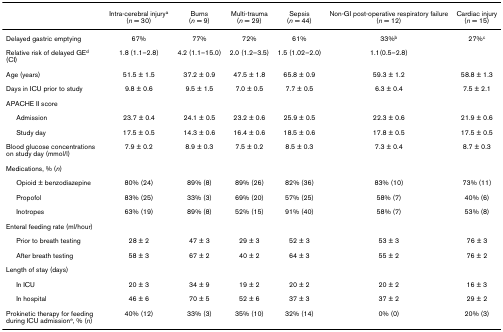
<table><thead><tr><td></td><td><b>Intra-cerebral injury<sup>a </sup>(<i>n </i>= 30)</b></td><td><b>Burns (<i>n </i>= 9)</b></td><td><b>Multi-trauma (<i>n </i>= 29)</b></td><td><b>Sepsis (<i>n </i>= 44)</b></td><td><b>Non-GI post-operative respiratory failure (<i>n </i>= 12)</b></td><td><b>Cardiac injury (<i>n </i>= 15)</b></td></tr></thead><tbody><tr><td>Delayed gastric emptying</td><td>67%</td><td>77%</td><td>72%</td><td>61%</td><td>33%<sup>b</sup></td><td>27%<sup>c</sup></td></tr><tr><td>Relative risk of delayed GE<sup>d </sup>(CI)</td><td>1.8 (1.1–2.8)</td><td>4.2 (1.1–15.0)</td><td>2.0 (1.2–3.5)</td><td>1.5 (1.02–2.0)</td><td>1.1(0.5–2.8)</td><td></td></tr><tr><td>Age (years)</td><td>51.5 ± 1.5</td><td>37.2 ± 0.9</td><td>47.5 ± 1.8</td><td>65.8 ± 0.9</td><td>59.3 ± 1.2</td><td>58.8 ± 1.3</td></tr><tr><td>Days in ICU prior to study</td><td>9.8 ± 0.6</td><td>9.5 ± 1.5</td><td>7.0 ± 0.5</td><td>7.7 ± 0.5</td><td>6.3 ± 0.4</td><td>7.5 ± 2.1</td></tr><tr><td>APACHE II score</td><td></td><td></td><td></td><td></td><td></td><td></td></tr><tr><td> Admission</td><td>23.7 ± 0.4</td><td>24.1 ± 0.5</td><td>23.2 ± 0.6</td><td>25.9 ± 0.5</td><td>22.3 ± 0.6</td><td>21.9 ± 0.6</td></tr><tr><td> Study day</td><td>17.5 ± 0.5</td><td>14.3 ± 0.6</td><td>16.4 ± 0.6</td><td>18.5 ± 0.6</td><td>17.8 ± 0.5</td><td>17.5 ± 0.5</td></tr><tr><td>Blood glucose concentrations on study day (mmol/l)</td><td>7.9 ± 0.2</td><td>8.9 ± 0.3</td><td>7.5 ± 0.2</td><td>8.5 ± 0.3</td><td>7.3 ± 0.4</td><td>8.7 ± 0.3</td></tr><tr><td>Medications, % (<i>n</i>)</td><td></td><td></td><td></td><td></td><td></td><td></td></tr><tr><td> Opioid ± benzodiazepine</td><td>80% (24)</td><td>89% (8)</td><td>89% (26)</td><td>82% (36)</td><td>83% (10)</td><td>73% (11)</td></tr><tr><td> Propofol</td><td>83% (25)</td><td>33% (3)</td><td>69% (20)</td><td>57% (25)</td><td>58% (7)</td><td>40% (6)</td></tr><tr><td> Inotropes</td><td>63% (19)</td><td>89% (8)</td><td>52% (15)</td><td>91% (40)</td><td>58% (7)</td><td>53% (8)</td></tr><tr><td>Enteral feeding rate (ml/hour)</td><td></td><td></td><td></td><td></td><td></td><td></td></tr><tr><td> Prior to breath testing</td><td>28 ± 2</td><td>47 ± 3</td><td>29 ± 3</td><td>52 ± 3</td><td>53 ± 3</td><td>76 ± 3</td></tr><tr><td> After breath testing</td><td>58 ± 3</td><td>67 ± 2</td><td>40 ± 2</td><td>64 ± 3</td><td>55 ± 2</td><td>76 ± 2</td></tr><tr><td>Length of stay (days)</td><td></td><td></td><td></td><td></td><td></td><td></td></tr><tr><td> In ICU</td><td>20 ± 3</td><td>34 ± 9</td><td>19 ± 2</td><td>20 ± 2</td><td>20 ± 2</td><td>16 ± 3</td></tr><tr><td> In hospital</td><td>46 ± 6</td><td>70 ± 5</td><td>52 ± 6</td><td>37 ± 3</td><td>37 ± 2</td><td>29 ± 2</td></tr><tr><td>Prokinetic therapy for feeding during ICU admission<sup>e</sup>, % (<i>n</i>)</td><td>40% (12)</td><td>33% (3)</td><td>35% (10)</td><td>32% (14)</td><td>0% (0)</td><td>20% (3)</td></tr></tbody></table>